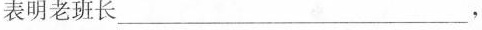
表明老班长___